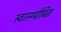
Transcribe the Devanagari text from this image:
स्वास्थ्योचित